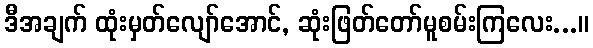
ဒီအချက် ထုံးမှတ်လျော်အောင်, ဆုံးဖြတ်တော်မူစမ်းကြလေး...။